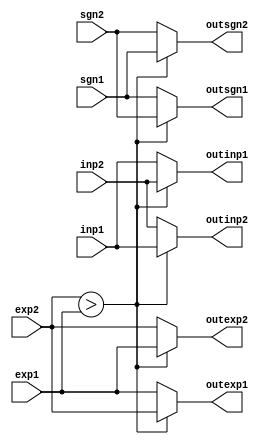
// iverilog moduleswap1.v tbswapmodile.v -o sapwa




module swap1m (inp1,sgn1,exp1,inp2,sgn2,exp2,outinp1,outsgn1,outexp1,outinp2,outsgn2,outexp2);
input [10:0] inp1;//first one reserved for before floating point
input [10:0] inp2;//first one reserved for before floating point
input sgn1,sgn2;
input [4:0] exp1;
input [4:0] exp2;

output reg [10:0] outinp1;//first one reserved for before floating point
output reg [10:0] outinp2;//first one reserved for before floating point
output reg outsgn1,outsgn2;
output reg [4:0] outexp1;
output reg [4:0] outexp2;

always @ ( * ) begin




if (exp2>exp1)
begin
  outinp1 <= inp2;
  outinp2 <= inp1;
  outsgn1 <= sgn2;
  outsgn2 <= sgn1;
  outexp1 <= exp2;
  outexp2 <= exp1;

end


else
begin
outinp1 <= inp1;
outinp2 <= inp2;
outsgn1 <= sgn1;
outsgn2 <= sgn2;
outexp1 <= exp1;
outexp2 <= exp2;


end
end

endmodule // swapinp1,sgn1,exp1,inp2,sgn2,exp2,1